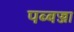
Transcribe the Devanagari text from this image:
पब्बज्जा